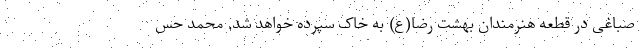
صباغی در قطعه هنرمندان بهشت رضا(ع) به خاک سپرده خواهد شد. محمد حس